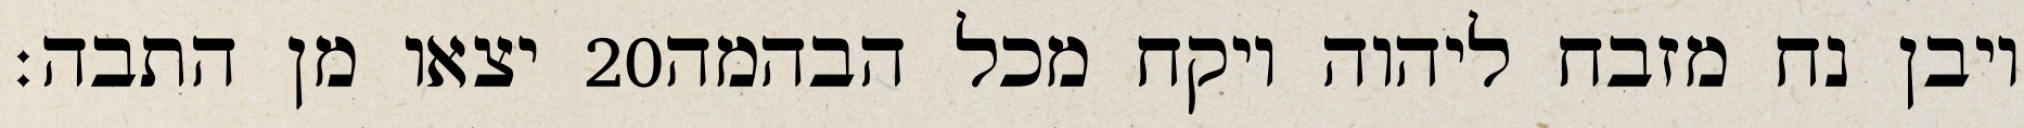
יצאו מן התבה׃ ‎20‏ ויבן נח מזבח ליהוה ויקח מכל הבהמה